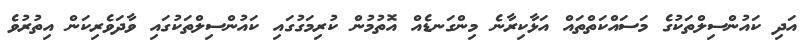
އަދި ކައުންސިލްތަކުގެ މަސައްކަތްތައް އަޅާކިރާނެ މިންގަނޑެއް އޮތުމުން ކުރިމަގުގައި ކައުންސިލްތަކުގައި ވާދަވެރިކަން އިތުރުވެ